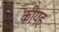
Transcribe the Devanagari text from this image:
कीयह